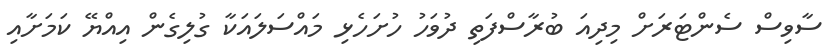
ސާވިސް ސެންޓަރަށް މިދިއަ ބުރާސްފަތި ދުވަހު ހުށަހެޅި މައްސަލައަކާ ގުލިގެން އިއްޔޭ ކަމަށާއި